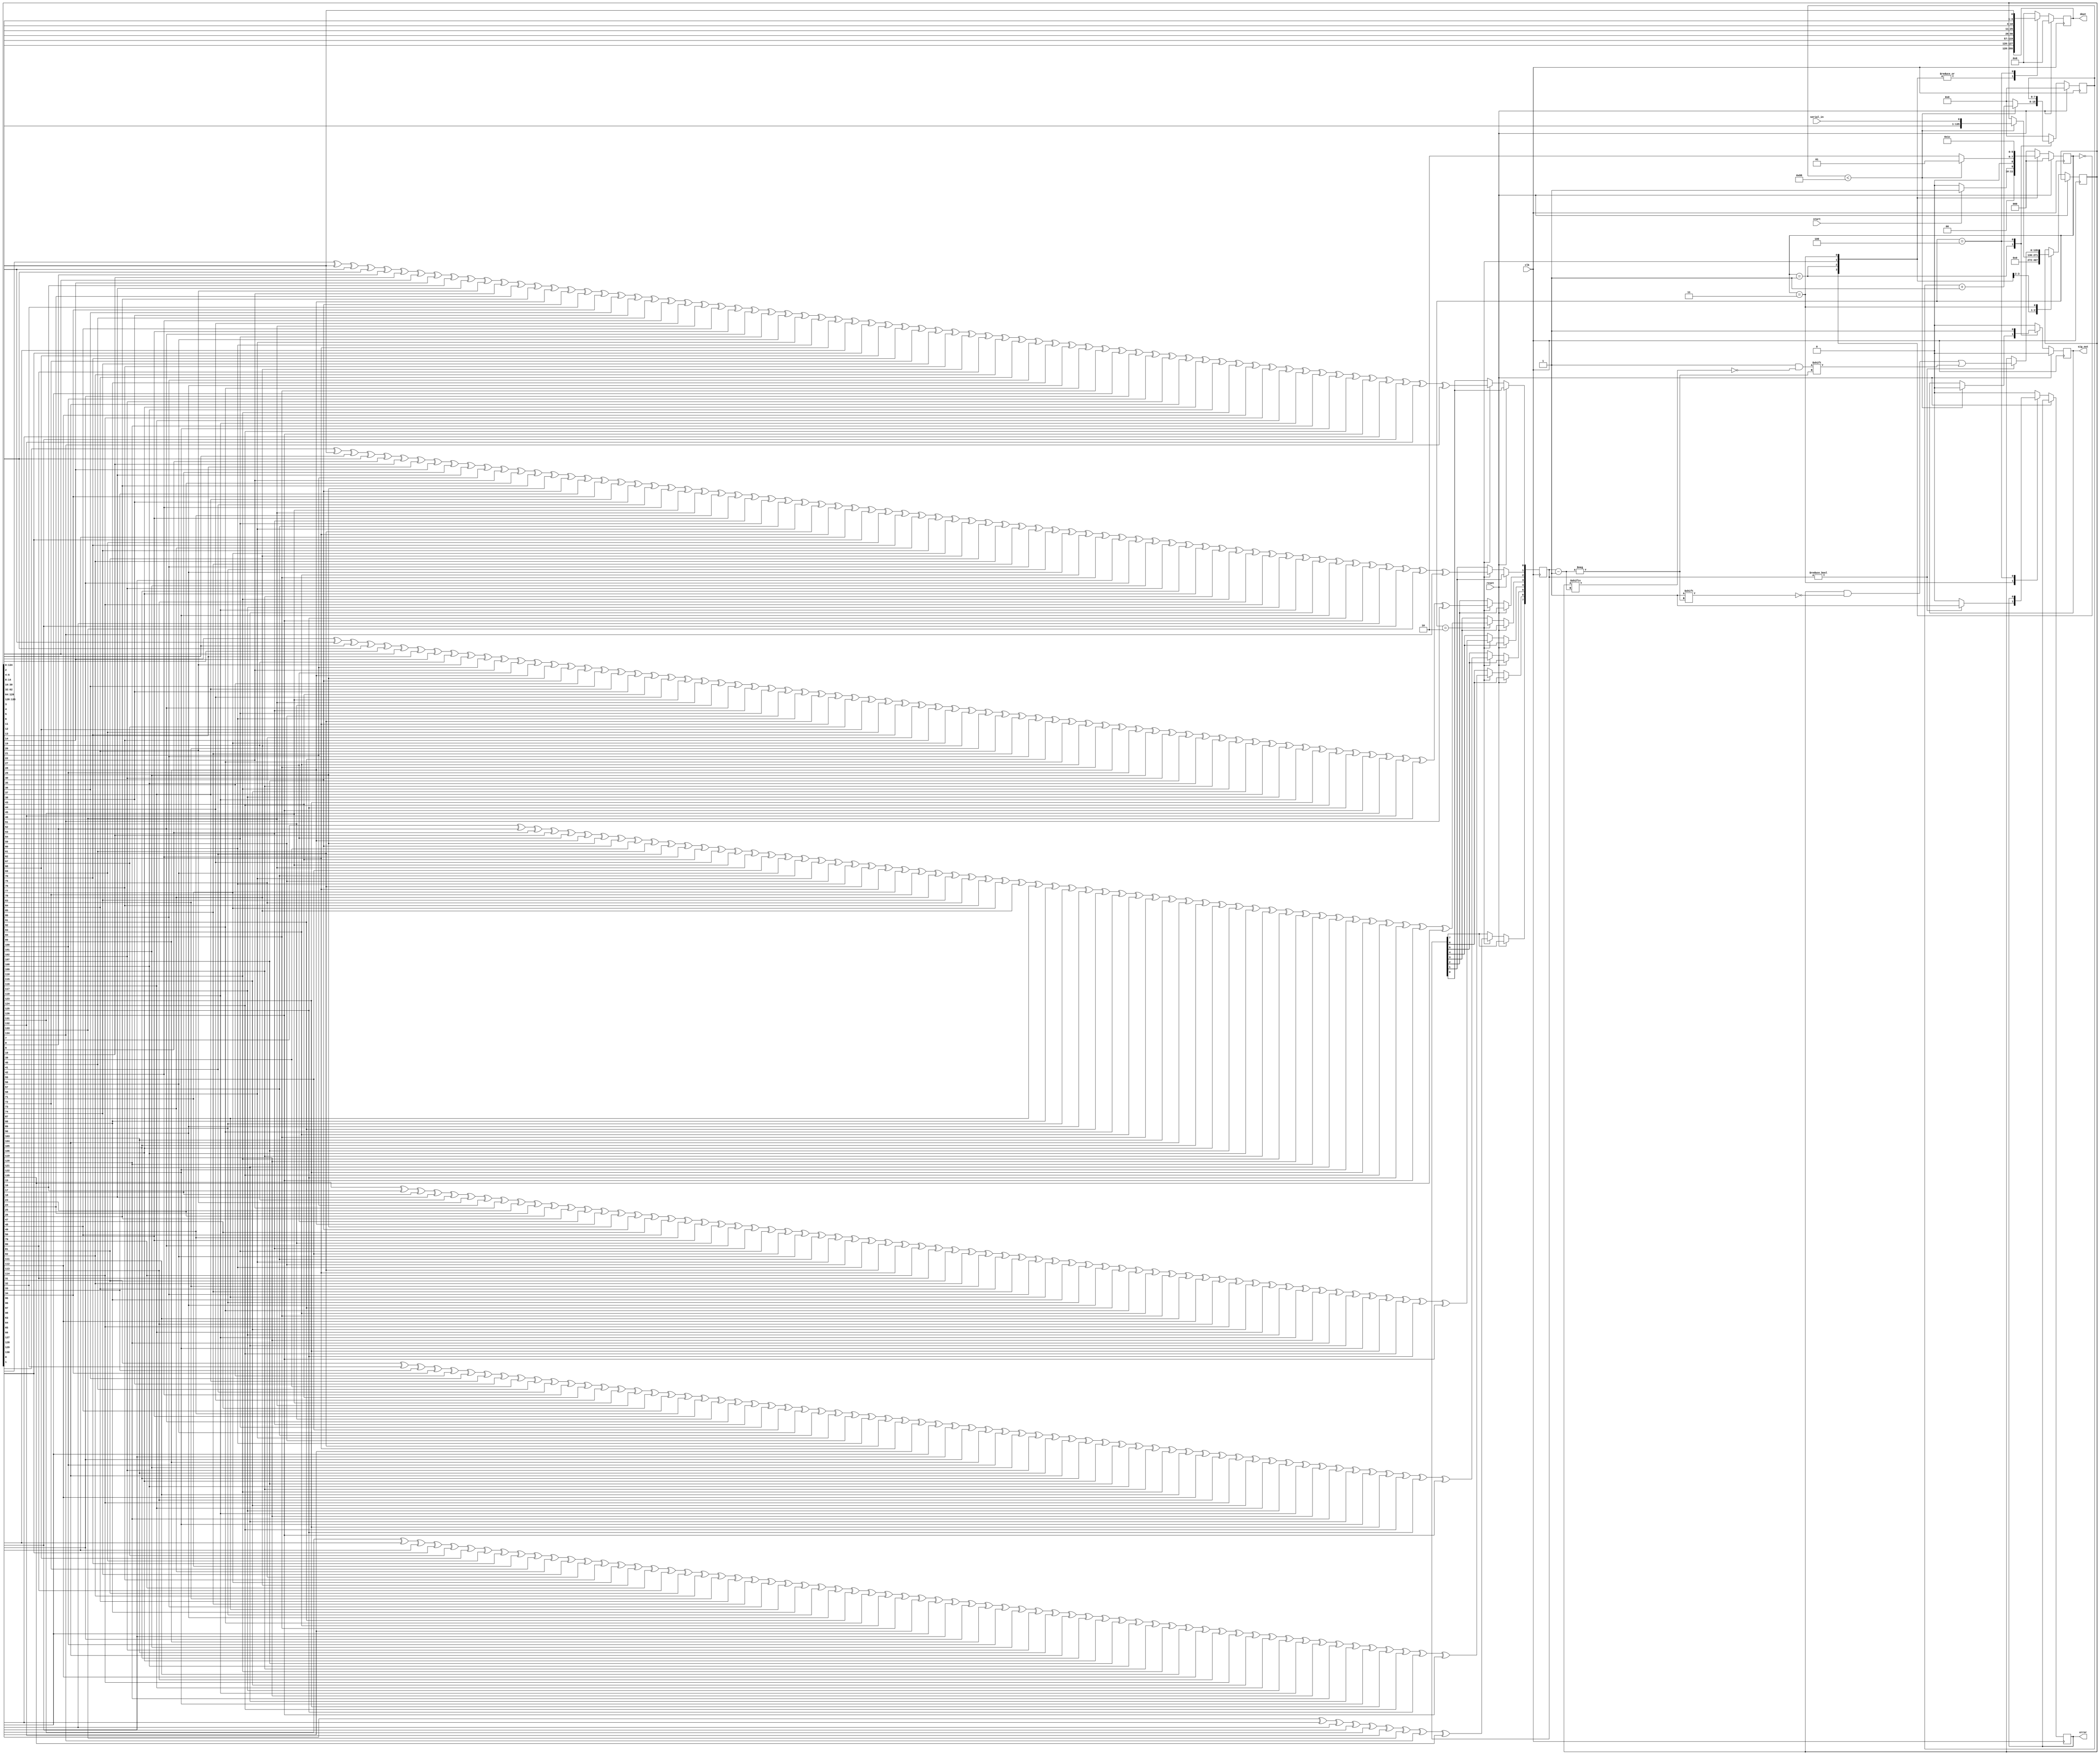
`timescale 1ns / 1ps
//////////////////////////////////////////////////////////////////////////////////
// Company: 
// Engineer: 
// 
// Design Name: 
// Module Name: decoder
// Project Name: 
// Target Devices: 
// Tool Versions: 
// Description: 
// 
// Dependencies: 
// 
// Revision:
// Revision 0.01 - File Created
// Additional Comments:
// 
//////////////////////////////////////////////////////////////////////////////////


module decoder(
input clk,
input reset,
input start,
input serial_in,
output reg sig_out,
output reg error,
output reg [128:1]dout
    );
    
    localparam idle = 3'b000,
     receive = 3'b001,
     xor_opn = 3'b010,
     error_flip = 3'b011,
     extract = 3'b100;
     
     
     reg [2:0] state,next_state;
     
     reg [136:1] shift;
     reg [7:0]dec_counter;
     reg [8:1]parity;
     
always@(posedge clk)
begin
if(reset) begin
    sig_out <= 1'b0;
    next_state <= idle;
    dout <= 0;
    dec_counter <= 8'h00;
end
//else state <= next_state;
//end

//always@(negedge clk)
else
begin
case(next_state)
    idle : begin
        sig_out <= 1'b0;
        shift <= 0;
        error <= 1'b0;
        dec_counter <= 8'h00;
        if(start) next_state <= receive;
        else next_state <= idle;
    end
    
    receive : begin
        if(dec_counter < 8'd136)
        begin
            shift <= {shift[135:1],serial_in};
            sig_out <= 1'b0; 
            error <= 1'b0;
            dec_counter <= dec_counter + 1'b1;
            next_state <= receive;            
        end
        else 
            begin
            dec_counter <= 8'h00;
            error <= 1'b0;
            next_state <= xor_opn;
            end
    end
    
    xor_opn:begin
        parity[1] <=  shift[1]   ^ shift[3]   ^ shift[5]   ^ shift[7]   ^ shift[9]   ^ shift[11]  ^ shift[13]  ^ shift[15]
                    ^ shift[17]  ^ shift[19]  ^ shift[21]  ^ shift[23]  ^ shift[25]  ^ shift[27]  ^ shift[29]  ^ shift[31] 
                    ^ shift[33]  ^ shift[35]  ^ shift[37]  ^ shift[39]  ^ shift[41]  ^ shift[43]  ^ shift[45]  ^ shift[47] 
                    ^ shift[49]  ^ shift[51]  ^ shift[53]  ^ shift[55]  ^ shift[57]  ^ shift[59]  ^ shift[61]  ^ shift[63] 
                    ^ shift[65]  ^ shift[67]  ^ shift[69]  ^ shift[71]  ^ shift[73]  ^ shift[75]  ^ shift[77]  ^ shift[79] 
                    ^ shift[81]  ^ shift[83]  ^ shift[85]  ^ shift[87]  ^ shift[89]  ^ shift[91]  ^ shift[93]  ^ shift[95] 
                    ^ shift[97]  ^ shift[99]  ^ shift[101] ^ shift[103] ^ shift[105] ^ shift[107] ^ shift[109] ^ shift[111] 
                    ^ shift[113] ^ shift[115] ^ shift[117] ^ shift[119] ^ shift[121] ^ shift[123] ^ shift[125] ^ shift[127]
                    ^ shift[129] ^ shift[131] ^ shift[133] ^ shift[135];
                    
        parity[2] <=  shift[2]   ^ shift[3]   ^ shift[6]   ^ shift[7]   ^ shift[10]  ^ shift[11]  ^ shift[14]  ^ shift[15]
                    ^ shift[18]  ^ shift[19]  ^ shift[22]  ^ shift[23]  ^ shift[26]  ^ shift[27]  ^ shift[30]  ^ shift[31] 
                    ^ shift[34]  ^ shift[35]  ^ shift[38]  ^ shift[39]  ^ shift[42]  ^ shift[43]  ^ shift[46]  ^ shift[47] 
                    ^ shift[50]  ^ shift[51]  ^ shift[54]  ^ shift[55]  ^ shift[58]  ^ shift[59]  ^ shift[62]  ^ shift[63] 
                    ^ shift[66]  ^ shift[67]  ^ shift[70]  ^ shift[71]  ^ shift[74]  ^ shift[75]  ^ shift[78]  ^ shift[79] 
                    ^ shift[82]  ^ shift[83]  ^ shift[86]  ^ shift[87]  ^ shift[90]  ^ shift[91]  ^ shift[94] ^ shift[95] 
                    ^ shift[98]  ^ shift[99]  ^ shift[102] ^ shift[103] ^ shift[106] ^ shift[107] ^ shift[110] ^ shift[111] 
                    ^ shift[114] ^ shift[115] ^ shift[118] ^ shift[119] ^ shift[122] ^ shift[123] ^ shift[126] ^ shift[127]
                    ^ shift[130] ^ shift[131] ^ shift[134] ^ shift[135];
                    
        parity[3] <=  shift[4]   ^ shift[5]   ^ shift[6]   ^ shift[7]   ^ shift[12]  ^ shift[13]  ^ shift[14]  ^ shift[15]
                    ^ shift[20]  ^ shift[21]  ^ shift[22]  ^ shift[23]  ^ shift[28]  ^ shift[29]  ^ shift[30]  ^ shift[31] 
                    ^ shift[36]  ^ shift[37]  ^ shift[38]  ^ shift[39]  ^ shift[44]  ^ shift[45]  ^ shift[46]  ^ shift[47] 
                    ^ shift[52]  ^ shift[53]  ^ shift[54]  ^ shift[55]  ^ shift[60]  ^ shift[61]  ^ shift[62]  ^ shift[63] 
                    ^ shift[68]  ^ shift[69]  ^ shift[70]  ^ shift[71]  ^ shift[76]  ^ shift[77]  ^ shift[78]  ^ shift[79] 
                    ^ shift[84]  ^ shift[85]  ^ shift[86]  ^ shift[87]  ^ shift[92]  ^ shift[93]  ^ shift[94] ^ shift[95] 
                    ^ shift[100] ^ shift[101] ^ shift[102] ^ shift[103] ^ shift[108] ^ shift[109] ^ shift[110] ^ shift[111] 
                    ^ shift[116] ^ shift[117] ^ shift[118] ^ shift[119] ^ shift[124] ^ shift[125] ^ shift[126] ^ shift[127]
                    ^ shift[132] ^ shift[133] ^ shift[134] ^ shift[135]; 
        parity[4] <=  shift[8]   ^ shift[9]   ^ shift[10]  ^ shift[11]  ^ shift[28]  ^ shift[29]  ^ shift[30]  ^ shift[31] 
                    ^ shift[40]  ^ shift[41]  ^ shift[42]  ^ shift[43]  ^ shift[44]  ^ shift[45]  ^ shift[46]  ^ shift[47] 
                    ^ shift[56]  ^ shift[57]  ^ shift[58]  ^ shift[59]  ^ shift[60]  ^ shift[61]  ^ shift[62]  ^ shift[63] 
                    ^ shift[72]  ^ shift[73]  ^ shift[74]  ^ shift[75]  ^ shift[76]  ^ shift[77]  ^ shift[78]  ^ shift[79] 
                    ^ shift[88]  ^ shift[89]  ^ shift[90]  ^ shift[91]  ^ shift[92]  ^ shift[93]  ^ shift[94] ^ shift[95] 
                    ^ shift[104] ^ shift[105] ^ shift[106] ^ shift[107] ^ shift[108] ^ shift[109] ^ shift[110] ^ shift[111] 
                    ^ shift[120] ^ shift[121] ^ shift[122] ^ shift[123] ^ shift[124] ^ shift[125] ^ shift[126] ^ shift[127]
                    ^ shift[136];                     
        parity[5] <=  shift[16]  ^ shift[17]  ^ shift[18]  ^ shift[19]  ^ shift[20]  ^ shift[21]  ^ shift[22]  ^ shift[23]
                    ^ shift[24]  ^ shift[25]  ^ shift[26]  ^ shift[27]  ^ shift[28]  ^ shift[29]  ^ shift[30]  ^ shift[31] 
                    ^ shift[48]  ^ shift[49]  ^ shift[50]  ^ shift[51]  ^ shift[52]  ^ shift[53]  ^ shift[54]  ^ shift[55] 
                    ^ shift[56]  ^ shift[57]  ^ shift[58]  ^ shift[59]  ^ shift[60]  ^ shift[61]  ^ shift[62]  ^ shift[63] 
                    ^ shift[80]  ^ shift[81]  ^ shift[82]  ^ shift[83]  ^ shift[84]  ^ shift[85]  ^ shift[86]  ^ shift[87] 
                    ^ shift[88]  ^ shift[89]  ^ shift[90]  ^ shift[91]  ^ shift[92]  ^ shift[93]  ^ shift[94]  ^ shift[95] 
                    ^ shift[112] ^ shift[113] ^ shift[114] ^ shift[115] ^ shift[116] ^ shift[117] ^ shift[118] ^ shift[119] 
                    ^ shift[120] ^ shift[121] ^ shift[122] ^ shift[123] ^ shift[124] ^ shift[125] ^ shift[126] ^ shift[127]; 
                                                          
        parity[6] <=  shift[32]  ^ shift[33]  ^ shift[34]  ^ shift[35]  ^ shift[36]  ^ shift[37]  ^ shift[38]  ^ shift[39]
                    ^ shift[40]  ^ shift[41]  ^ shift[42]  ^ shift[43]  ^ shift[44]  ^ shift[45]  ^ shift[46]  ^ shift[47] 
                    ^ shift[48]  ^ shift[49]  ^ shift[50]  ^ shift[51]  ^ shift[52]  ^ shift[53]  ^ shift[54]  ^ shift[55] 
                    ^ shift[56]  ^ shift[57]  ^ shift[58]  ^ shift[59]  ^ shift[60]  ^ shift[61]  ^ shift[62]  ^ shift[63] 
                    ^ shift[96]  ^ shift[97]  ^ shift[98]  ^ shift[99]  ^ shift[100] ^ shift[101] ^ shift[102] ^ shift[103] 
                    ^ shift[104] ^ shift[105] ^ shift[106] ^ shift[107] ^ shift[108] ^ shift[109] ^ shift[110] ^ shift[111] 
                    ^ shift[112] ^ shift[113] ^ shift[114] ^ shift[115] ^ shift[116] ^ shift[117] ^ shift[118] ^ shift[119] 
                    ^ shift[120] ^ shift[121] ^ shift[122] ^ shift[123] ^ shift[124] ^ shift[125] ^ shift[126] ^ shift[127];
                     
        parity[7] <=  shift[64]  ^ shift[65]  ^ shift[66]  ^ shift[67]  ^ shift[68]  ^ shift[69]  ^ shift[70]  ^ shift[71]
                    ^ shift[72]  ^ shift[73]  ^ shift[74]  ^ shift[75]  ^ shift[76]  ^ shift[77]  ^ shift[78]  ^ shift[79] 
                    ^ shift[80]  ^ shift[81]  ^ shift[82]  ^ shift[83]  ^ shift[84]  ^ shift[85]  ^ shift[86]  ^ shift[87] 
                    ^ shift[88]  ^ shift[89]  ^ shift[90]  ^ shift[91]  ^ shift[92]  ^ shift[93]  ^ shift[94]  ^ shift[95] 
                    ^ shift[96]  ^ shift[97]  ^ shift[98]  ^ shift[99]  ^ shift[100] ^ shift[101] ^ shift[102] ^ shift[103] 
                    ^ shift[104] ^ shift[105] ^ shift[106] ^ shift[107] ^ shift[108] ^ shift[109] ^ shift[110] ^ shift[111] 
                    ^ shift[112] ^ shift[113] ^ shift[114] ^ shift[115] ^ shift[116] ^ shift[117] ^ shift[118] ^ shift[119] 
                    ^ shift[120] ^ shift[121] ^ shift[122] ^ shift[123] ^ shift[124] ^ shift[125] ^ shift[126] ^ shift[127];
                     
        parity[8]  <=  shift[128] ^ shift[129] ^shift[130]  ^shift[131]  ^shift[132]  ^shift[133]  ^shift[134]  ^shift[135] 
                      ^  shift[136] ;  
        dec_counter    <= 8'h00;
        sig_out <= 1'b0;   
        error <= 1'b0;                          
        next_state <= error_flip;                            
    end
    
    error_flip : begin   
        if(parity != 8'h00)
        begin
            error <= 1'b1;
            shift[parity] <= ~shift[parity];
        end
        else error <= 1'b0;
        next_state    <= extract;    
        dec_counter       <= 8'h00;
        sig_out <= 1'b0;   
    end
    
    extract : begin
            sig_out <= 1'b1;
            dout <= {shift[136:129],shift[127:65],shift[63:33],shift[31:17],
                     shift[15:9],shift[7:5],shift[3]};
            next_state <= idle;
    end
    default : begin
        next_state <= idle;
        dec_counter <= 8'h00;
        sig_out <= 1'b0;
        error <= 1'b0;
        dout <= 0;
    end

endcase

end
end ///////////////
endmodule